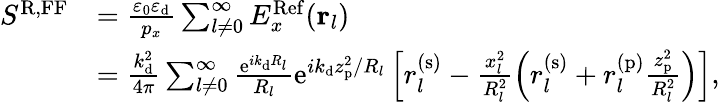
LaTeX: \begin{array}{rl}{S^{\mathrm{R,FF}}}&{=\frac{\varepsilon_{0}\varepsilon_{\mathrm{d}}}{p_{x}}\sum_{l\neq 0}^{\infty}E_{x}^{\mathrm{Ref}}({\mathbf r}_{l})}\\ &{=\frac{k_{\mathrm{d}}^{2}}{4\pi}\sum_{l\neq 0}^{\infty}\frac{\mathrm{e}^{ik_{\mathrm{d}}R_{l}}}{R_{l}}\mathrm{e}^{ik_{\mathrm{d}}z_{\mathrm{p}}^{2}/R_{l}}\left[r_{l}^{(\mathrm{s})}-\frac{x_{l}^{2}}{R_{l}^{2}}\left(r_{l}^{(\mathrm{s})}+r_{l}^{(\mathrm{p})}\frac{z_{\mathrm{p}}^{2}}{R_{l}^{2}}\right)\right],}\end{array}